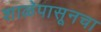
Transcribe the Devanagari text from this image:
शाळेपासूनचा